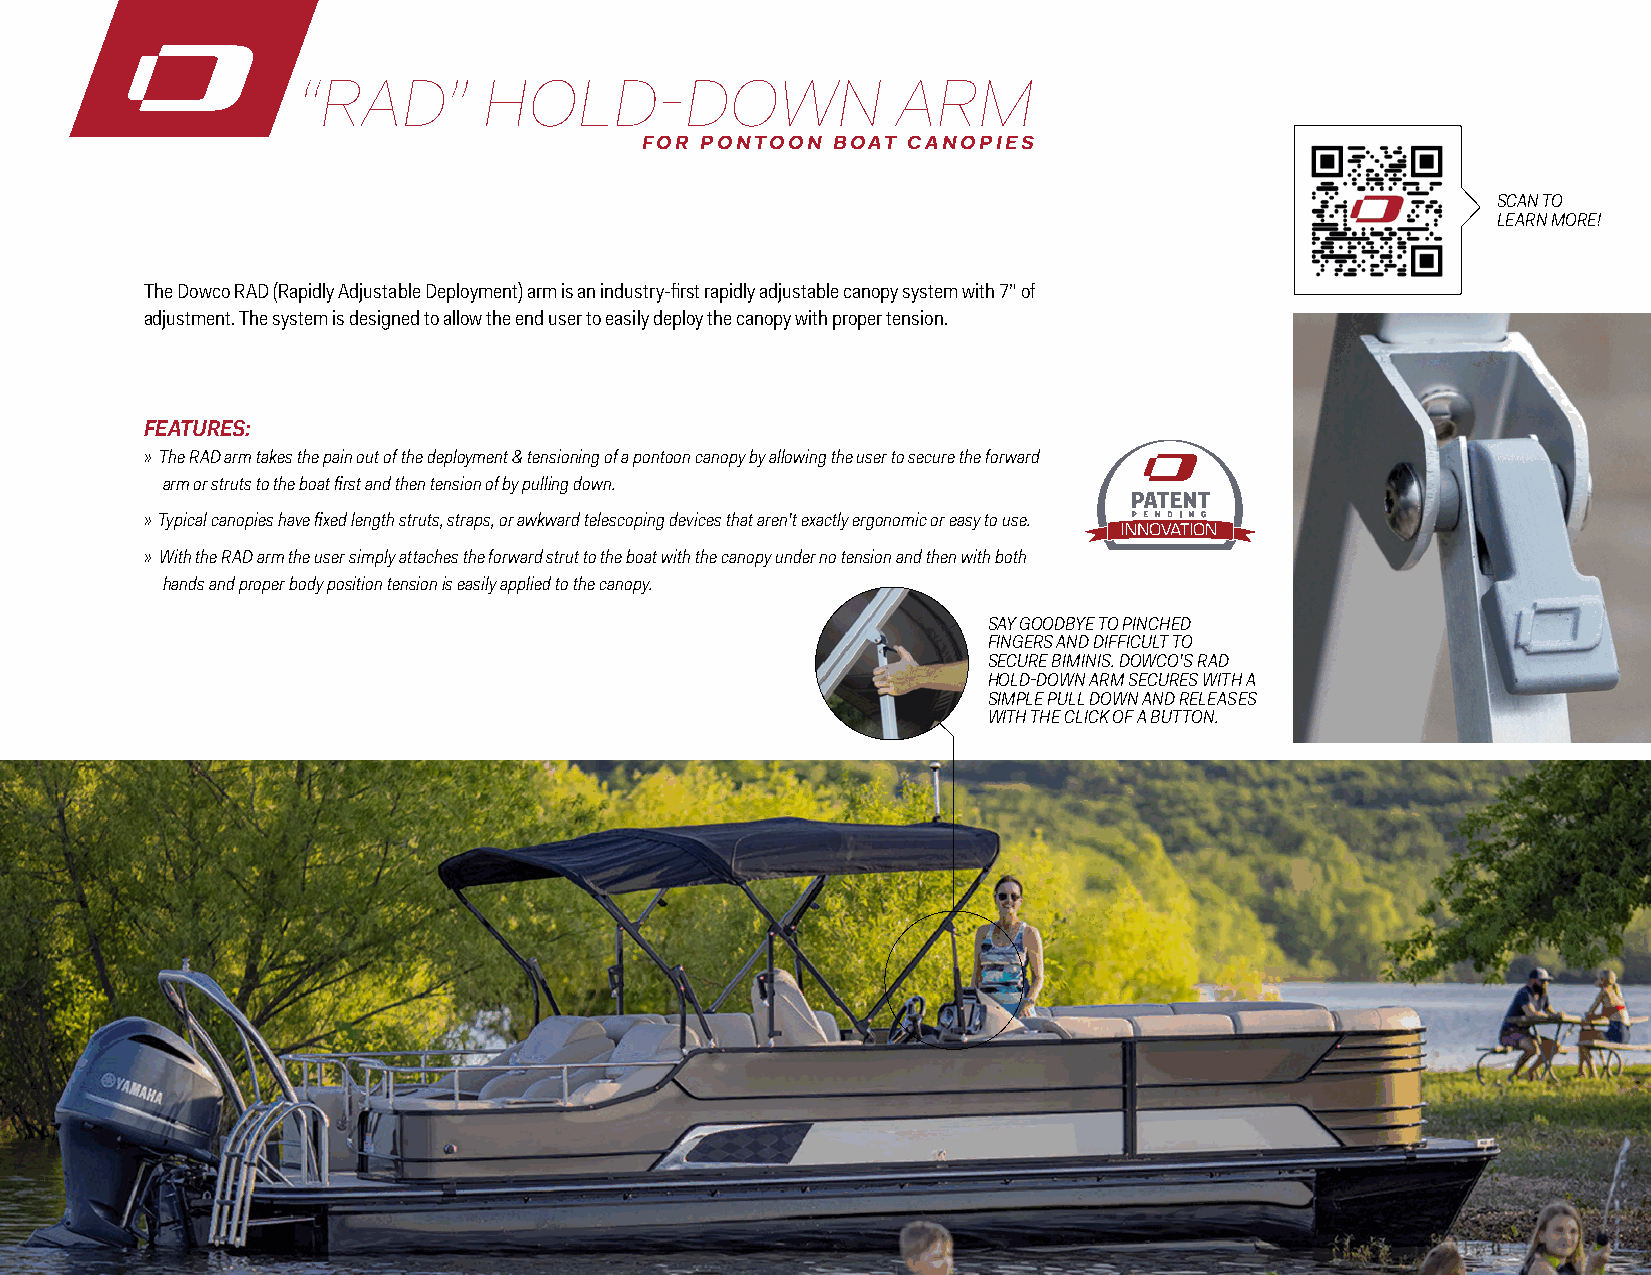
“RAD”       HOLD-DOWN                  ARM
 FOR PONTOON BOAT CANOPIES
 SCAN TO
 LEARN MORE!
 The Dowco RAD (Rapidly Adjustable Deployment) arm is an industry-first rapidly adjustable canopy system with 7” of
 adjustment. The system is designed to allow the end user to easily deploy the canopy with proper tension.
 FEATURES:
 » The RAD arm takes the pain out of the deployment & tensioning of a pontoon canopy by allowing the user to secure the forward
 arm or struts to the boat first and then tension of by pulling down.
 » Typical canopies have fixed length struts, straps, or awkward telescoping devices that aren’t exactly ergonomic or easy to use.
 » With the RAD arm the user simply attaches the forward strut to the boat with the canopy under no tension and then with both
 hands and proper body position tension is easily applied to the canopy.
 SAY GOODBYE TO PINCHED
 FINGERS AND DIFFICULT TO
 SECURE BIMINIS. DOWCO’S RAD
 HOLD-DOWN ARM SECURES WITH A
 SIMPLE PULL DOWN AND RELEASES
 WITH THE CLICK OF A BUTTON.